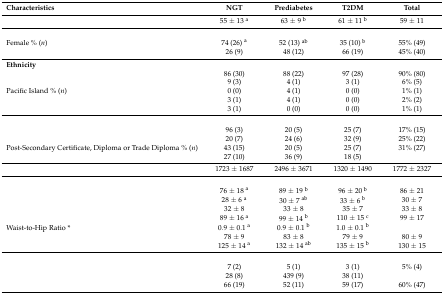
<table><thead><tr><td><b>Characteristics</b></td><td><b>NGT</b></td><td><b>Prediabetes</b></td><td><b>T2DM</b></td><td><b>Total</b></td></tr></thead><tbody><tr><td>[EMPTY_CELL]</td><td>55 ± 13 <sup>a</sup></td><td>63 ± 9 <sup>b</sup></td><td>61 ± 11 <sup>b</sup></td><td>59 ± 11</td></tr><tr><td>[EMPTY_CELL]</td><td>[EMPTY_CELL]</td><td>[EMPTY_CELL]</td><td>[EMPTY_CELL]</td><td>[EMPTY_CELL]</td></tr><tr><td>Female % (<i>n</i>)</td><td>74 (26) <sup>a</sup></td><td>52 (13) <sup>ab</sup></td><td>35 (10) <sup>b</sup></td><td>55% (49)</td></tr><tr><td>[EMPTY_CELL]</td><td>26 (9)</td><td>48 (12)</td><td>66 (19)</td><td>45% (40)</td></tr><tr><td><b>Ethnicity </b></td><td>[EMPTY_CELL]</td><td>[EMPTY_CELL]</td><td>[EMPTY_CELL]</td><td>[EMPTY_CELL]</td></tr><tr><td>[EMPTY_CELL]</td><td>86 (30)</td><td>88 (22)</td><td>97 (28)</td><td>90% (80)</td></tr><tr><td>[EMPTY_CELL]</td><td>9 (3)</td><td>4 (1)</td><td>3 (1)</td><td>6% (5)</td></tr><tr><td>Pacific Island % (<i>n</i>)</td><td>0 (0)</td><td>4 (1)</td><td>0 (0)</td><td>1% (1)</td></tr><tr><td>[EMPTY_CELL]</td><td>3 (1)</td><td>4 (1)</td><td>0 (0)</td><td>2% (2)</td></tr><tr><td>[EMPTY_CELL]</td><td>3 (1)</td><td>0 (0)</td><td>0 (0)</td><td>1% (1)</td></tr><tr><td>[EMPTY_CELL]</td><td>[EMPTY_CELL]</td><td>[EMPTY_CELL]</td><td>[EMPTY_CELL]</td><td>[EMPTY_CELL]</td></tr><tr><td>[EMPTY_CELL]</td><td>96 (3)</td><td>20 (5)</td><td>25 (7)</td><td>17% (15)</td></tr><tr><td>[EMPTY_CELL]</td><td>20 (7)</td><td>24 (6)</td><td>32 (9)</td><td>25% (22)</td></tr><tr><td>Post-Secondary Certificate, Diploma or Trade Diploma % (<i>n</i>)</td><td>43 (15)</td><td>20 (5)</td><td>25 (7)</td><td>31% (27)</td></tr><tr><td>[EMPTY_CELL]</td><td>27 (10)</td><td>36 (9)</td><td>18 (5)</td><td>[EMPTY_CELL]</td></tr><tr><td>[EMPTY_CELL]</td><td>1723 ± 1687</td><td>2496 ± 3671</td><td>1320 ± 1490</td><td>1772 ± 2327</td></tr><tr><td>[EMPTY_CELL]</td><td>[EMPTY_CELL]</td><td>[EMPTY_CELL]</td><td>[EMPTY_CELL]</td><td>[EMPTY_CELL]</td></tr><tr><td>[EMPTY_CELL]</td><td>76 ± 18 <sup>a</sup></td><td>89 ± 19 <sup>b</sup></td><td>96 ± 20 <sup>b</sup></td><td>86 ± 21</td></tr><tr><td>[EMPTY_CELL]</td><td>28 ± 6 <sup>a</sup></td><td>30 ± 7 <sup>ab</sup></td><td>33 ± 6 <sup>b</sup></td><td>30 ± 7</td></tr><tr><td>[EMPTY_CELL]</td><td>32 ± 8</td><td>33 ± 8</td><td>35 ± 7</td><td>33 ± 8</td></tr><tr><td>[EMPTY_CELL]</td><td>89 ± 16 <sup>a</sup></td><td>99 ± 14 <sup>b</sup></td><td>110 ± 15 <sup>c</sup></td><td>99 ± 17</td></tr><tr><td>Waist-to-Hip Ratio *</td><td>0.9 ± 0.1 <sup>a</sup></td><td>0.9 ± 0.1 <sup>b</sup></td><td>1.0 ± 0.1 <sup>b</sup></td><td>[EMPTY_CELL]</td></tr><tr><td>[EMPTY_CELL]</td><td>78 ± 9</td><td>83 ± 8</td><td>79 ± 9</td><td>80 ± 9</td></tr><tr><td>[EMPTY_CELL]</td><td>125 ± 14 <sup>a</sup></td><td>132 ± 14 <sup>ab</sup></td><td>135 ± 15 <sup>b</sup></td><td>130 ± 15</td></tr><tr><td>[EMPTY_CELL]</td><td>[EMPTY_CELL]</td><td>[EMPTY_CELL]</td><td>[EMPTY_CELL]</td><td>[EMPTY_CELL]</td></tr><tr><td>[EMPTY_CELL]</td><td>7 (2)</td><td>5 (1)</td><td>3 (1)</td><td>5% (4)</td></tr><tr><td>[EMPTY_CELL]</td><td>28 (8)</td><td>439 (9)</td><td>38 (11)</td><td>[EMPTY_CELL]</td></tr><tr><td>[EMPTY_CELL]</td><td>66 (19)</td><td>52 (11)</td><td>59 (17)</td><td>60% (47)</td></tr></tbody></table>